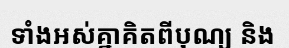
ទាំងអស់គ្នាគិតពីបុណ្យ និង